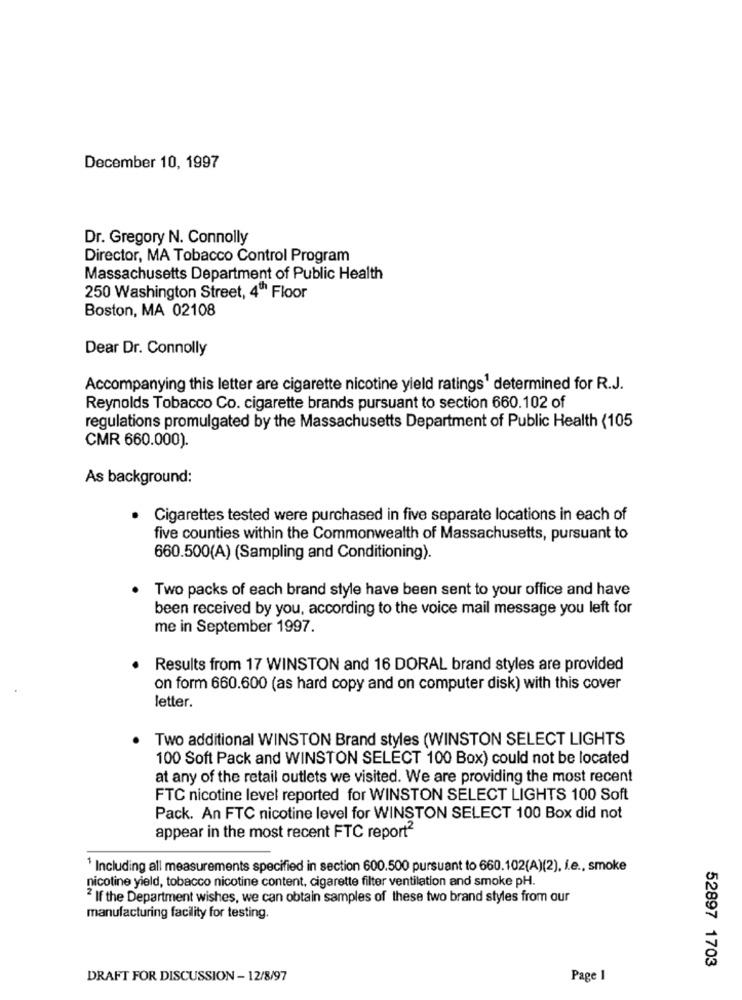
December 10, 1997
Dr. Gregory N. Connolly
Director, MA Tobacco Control Program
Massachusetts Department of Public Health
250 Washington Street, 4th Floor
Boston, MA 02108
Dear Dr. Connolly
Accompanying this letter are cigarette nicotine yield ratings1 determined for R.J.
Reynolds Tobacco Co. cigarette brands pursuant to section 660.102 of
regulations promulgated by the Massachusetts Department of Public Health (105
CMR 660.000).
As background:
Cigarettes tested were purchased in five separate locations in each of
five counties within the Commonwealth of Massachusetts, pursuant to
660.500(A) (Sampling and Conditioning).
Two packs of each brand style have been sent to your office and have
been received by you, according to the voice mail message you left for
me in September 1997.
Results from 17 WINSTON and 16 DORAL brand styles are provided
on form 660.600 (as hard copy and on computer disk) with this cover
letter.
Two additional WINSTON Brand styles (WINSTON SELECT LIGHTS
100 Soft Pack and WINSTON SELECT 100 Box) could not be located
at any of the retail outlets we visited. We are providing the most recent
FTC nicotine level reported for WINSTON SELECT LIGHTS 100 Soft
Pack. An FTC nicotine level for WINSTON SELECT 100 Box did not
appear in the most recent FTC report2
1 Including all measurements specified in section 600.500 pursuant to 660.102(A)(2), i.e ., smoke
nicotine yield, tobacco nicotine content, cigarette filter ventilation and smoke pH.
If the Department wishes, we can obtain samples of these two brand styles from our
manufacturing facility for testing.
52897 1703
DRAFT FOR DISCUSSION - 12/8/97
Page 1